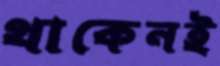
থাকেনই